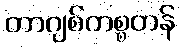
တာဂျစ်ကစ္စတန်